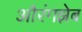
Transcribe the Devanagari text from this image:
औरंगझेब